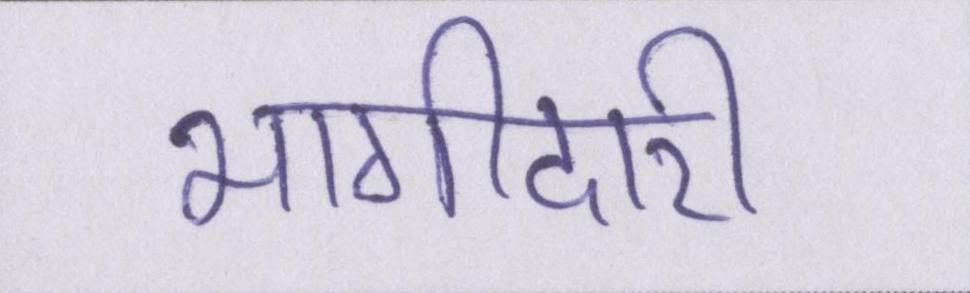
भागीदारी